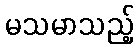
မသမာသည့်